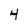
Character: 4